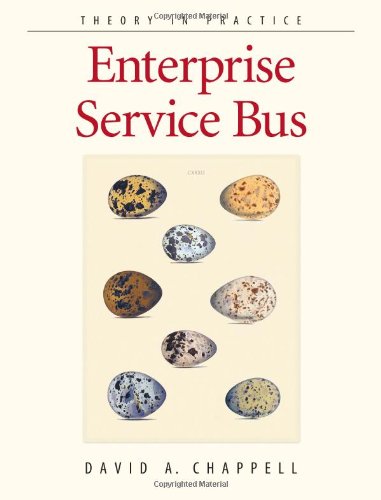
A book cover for Enterprise Service Bus: Theory in Practice; David Chappell; Computers & Technology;